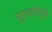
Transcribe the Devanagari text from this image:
सुरावटीमुळे